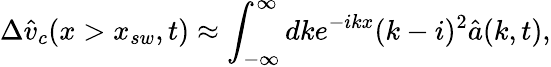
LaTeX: \Delta\hat{v}_{c}(x>x_{sw},t)\approx\int_{-\infty}^{\infty}dke^{-ikx}(k-i)^{2}\hat{a}(k,t),